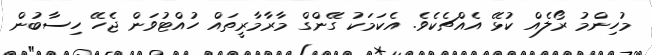
މުހިންމު ރޯލެއް ކުޅޭ އެއްޗެކެވެ. އެކަމަކު ގޭންގް މާރާމާރީތައް ހުއްޓުވަން ޖެހޭ ހިސާބުން